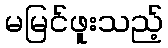
မမြင်ဖူးသည့်